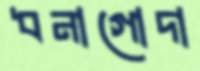
ধনাগোদা